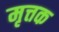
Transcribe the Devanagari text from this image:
मृत्तक